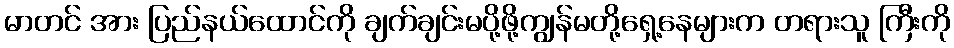
မာတင် အား ပြည်နယ်ထောင်ကို ချက်ချင်းမပို့ဖို့ကျွန်မတို့ရှေ့နေများက တရားသူ ကြီးကို